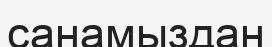
санамыздан